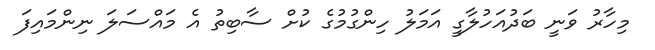
މިހާރު ވަނީ ބަދުއަހުލާގީ އަމަލު ހިންގުމުގެ ކުށް ސާބިތު އެ މައްސަލަ ނިންމައިފަ